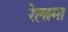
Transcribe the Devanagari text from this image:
रेह्त्नमा